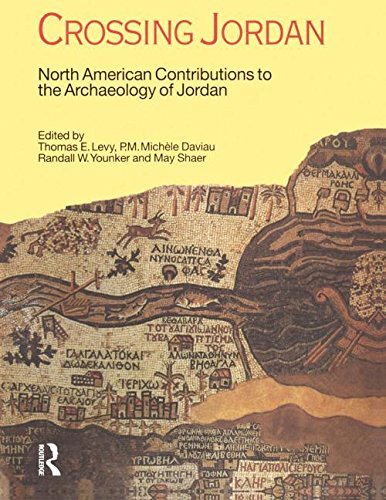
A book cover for Crossing Jordan: North American Contributions to the Archaeology of Jordan; Thomas Evan Levy; History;